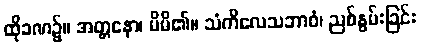
ထိုခဏ၌။ အတ္တနော၊ မိမိ၏။ သံကိလေသဘာဝံ၊ ညစ်နွမ်းခြင်း